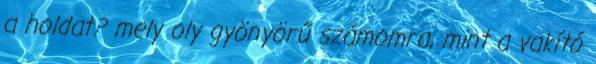
a holdat? mely oly gyönyörű számomra, mint a vakító